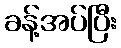
ခန့်အပ်ပြီး